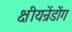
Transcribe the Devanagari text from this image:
क्षीयन्रेंडोंग